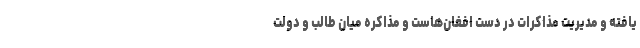
يافته و مديريت مذاكرات در دست افغان‌هاست و مذاكره ميان طالب و دولت